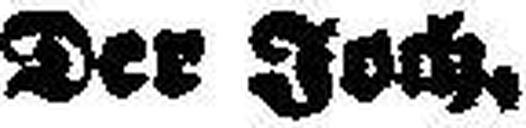
Der Joch.